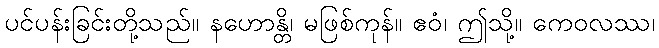
ပင်ပန်းခြင်းတို့သည်။ နဟောန္တိ၊ မဖြစ်ကုန်။ ဧဝံ၊ ဤသို့။ ကေဝလဿ၊